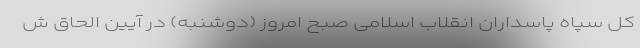
کل سپاه پاسداران انقلاب اسلامی صبح امروز (دوشنبه) در آیین الحاق ش